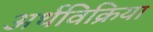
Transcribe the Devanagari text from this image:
अर्थविक्रिया